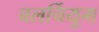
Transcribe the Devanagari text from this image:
वलर्चियुम